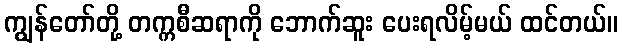
ကျွန်တော်တို့ တက္ကစီဆရာကို ဘောက်ဆူး ပေးရလိမ့်မယ် ထင်တယ်။